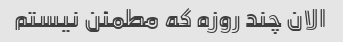
الان چند روزه که مطمئن نیستم